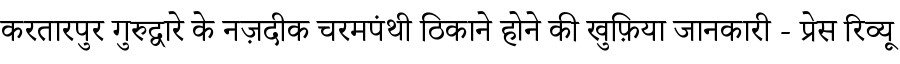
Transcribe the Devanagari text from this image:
करतारपुर गुरुद्वारे के नज़दीक चरमपंथी ठिकाने होने की खुफ़िया जानकारी - प्रेस रिव्यू